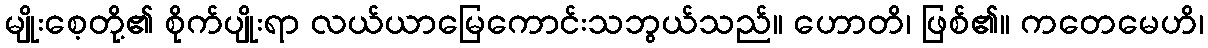
မျိုးစေ့တို့၏ စိုက်ပျိုးရာ လယ်ယာမြေကောင်းသဘွယ်သည်။ ဟောတိ၊ ဖြစ်၏။ ကတေမေဟိ၊